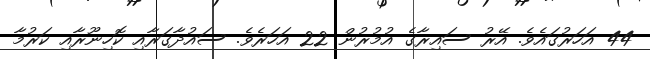
44 އަހަރުގައެވެ. އޭރު ސައިރާގެ އުމުރުން 22 އަހަރެވެ. ސައުދާގަރާއި ކޮހިނޫރާއި ކަރުމާ